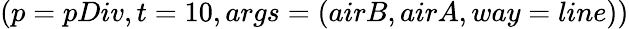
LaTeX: (p=pDiv,t=10,args=(airB,airA,way=line))